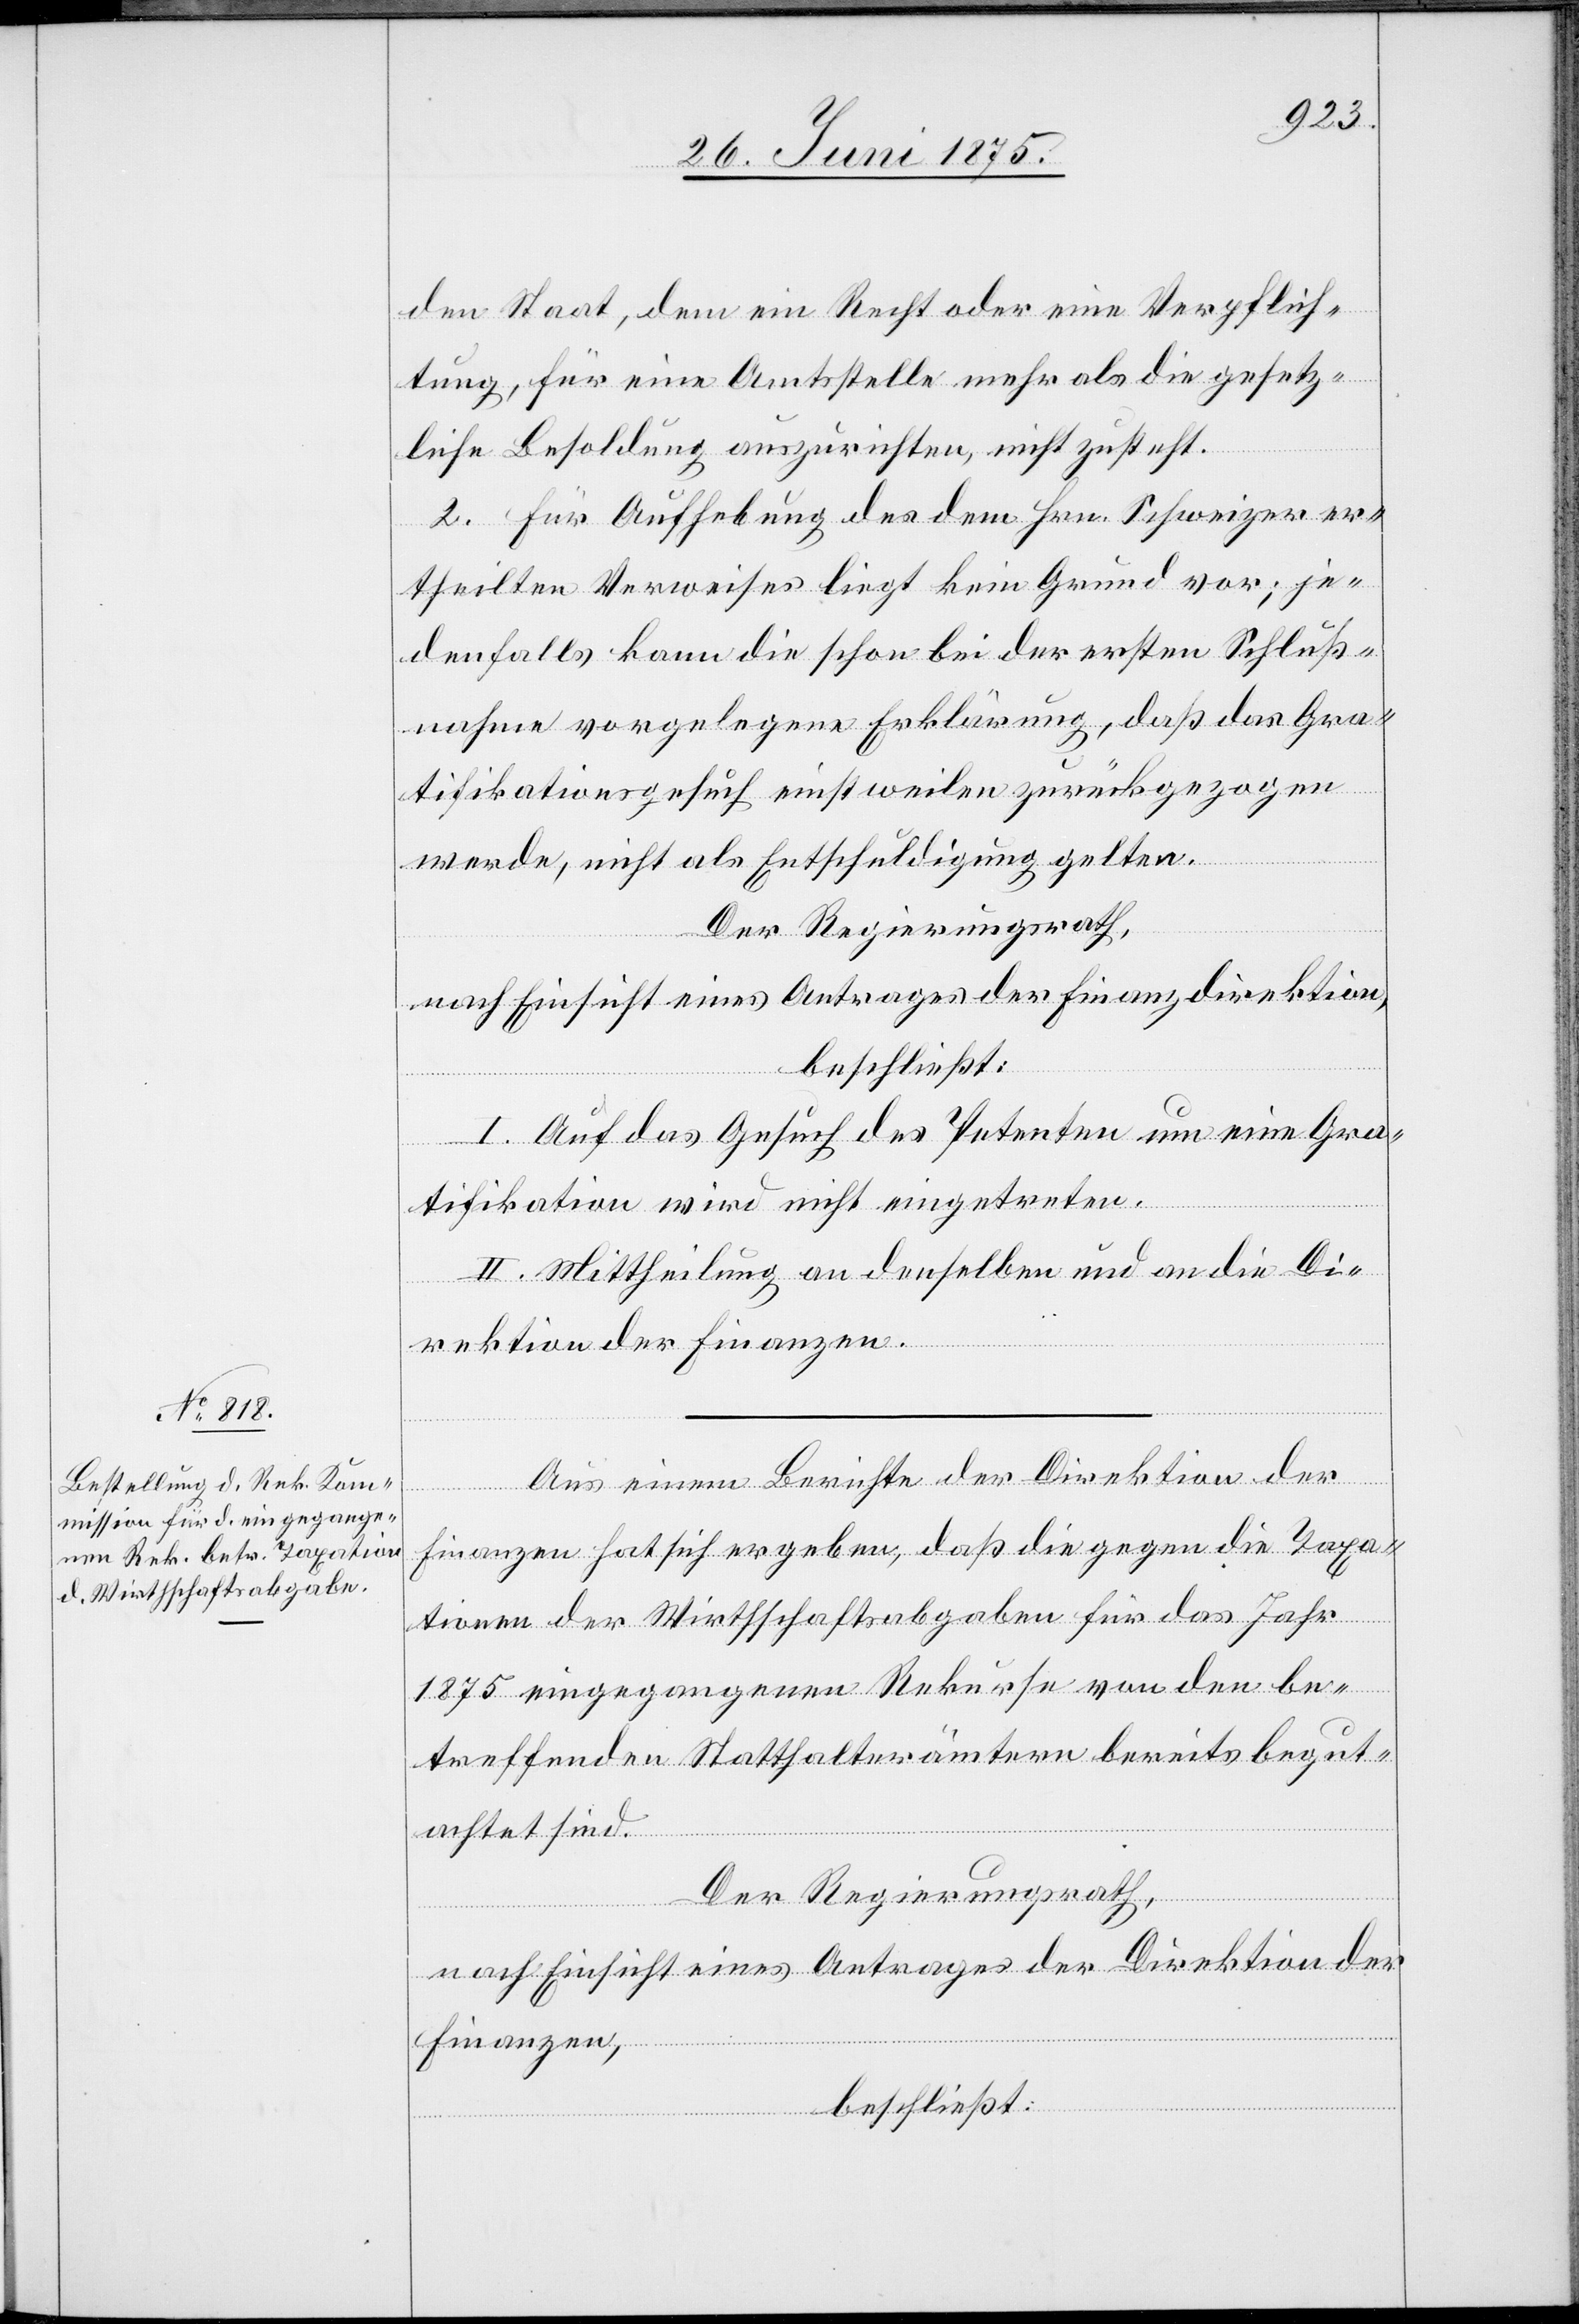
den Staat, dem ein Recht oder eine Verpflich¬
tung, für eine Amtsstelle mehr als die gesetz¬
liche Besoldung auszurichten, nicht zusteht.
2. Für Aufhebung des dem Hrn. Schweizer er¬
theilten Verweises liegt kein Grund vor; je¬
denfalls kann die schon bei der ersten Schluß¬
nahme vorgelegene Erklärung, daß das Gra¬
tifikationsgesuch einstweilen zurückgezogen
werde, nicht als Entschuldigung gelten.
Der Regierungsrath,
nach Einsicht eines Antrages der Finanzdirektion,
beschließt:
I. Auf das Gesuch des Petenten um eine Gra¬
tifikation wird nicht eingetreten.
II. Mittheilung an denselben und an die Di¬
rektion der Finanzen.
Aus seinem Berichte der Direktion der
Finanzen hat sich ergeben, daß die gegen die Taxa¬
tionen der Wirthschaftsabgaben für das Jahr
1875 eingegangenen Rekurse von den be¬
treffend en Statthalterämtern bereits begut¬
achtet sind.
Der Regierungsrath,
nach Einsicht eines Antrages der Direktion der
Finanzen,
beschließt: